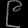
Digit: ၉